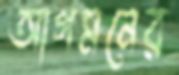
আগমনের